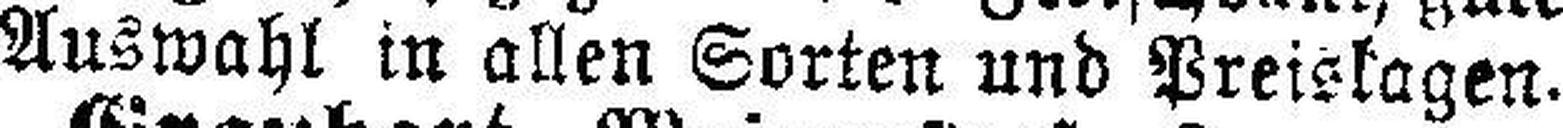
Auswahl in allen Sorten nnd Preislagen.